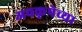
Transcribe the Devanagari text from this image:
अवकृपेच्या